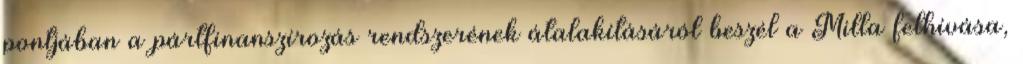
pontjában a pártfinanszírozás rendszerének átalakításáról beszél a Milla felhívása,